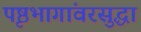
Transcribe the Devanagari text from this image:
पृष्ठभागांवरसुद्धा